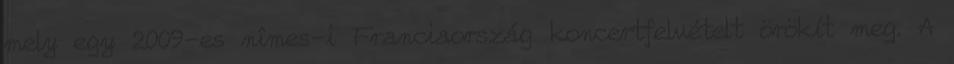
mely egy 2009-es nîmes-i Franciaország koncertfelvételt örökít meg. A